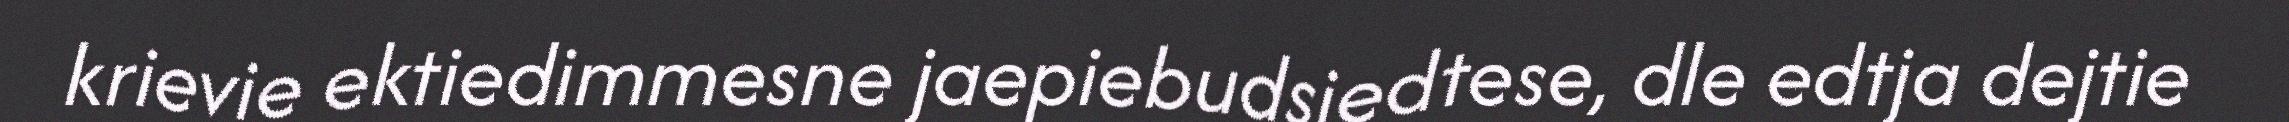
krievie ektiedimmesne jaepiebudsjedtese, dle edtja dejtie